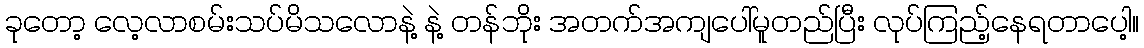
ခုတော့ လေ့လာစမ်းသပ်မိသလောနဲ့ နဲ့ တန်ဘိုး အတက်အကျပေါ်မူတည်ပြီး လုပ်ကြည့်နေရတာပေါ့။